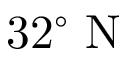
3 2 ^ { \circ } \mathrm { ~ N ~ }